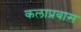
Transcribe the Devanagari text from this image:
कलाप्रवास